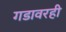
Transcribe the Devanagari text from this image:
गडावरही